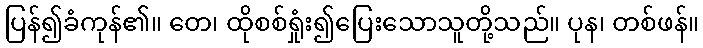
ပြန်၍ခံကုန်၏။ တေ၊ ထိုစစ်ရှုံး၍ပြေးသောသူတို့သည်။ ပုန၊ တစ်ဖန်။